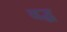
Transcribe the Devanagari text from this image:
वद्ध